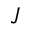
J